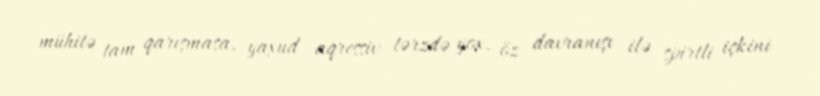
mühitə tam qarışmasa, yaxud aqressiv tərzdə yox, öz davranışı ilə spirtli içkini